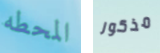
المحطه مذكور